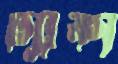
ঢ্যাকা